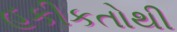
હકીકતોથી